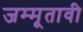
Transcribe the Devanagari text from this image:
जम्मूतावी